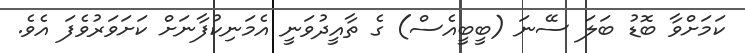
ކަމަށްވާ ބޮޑު ބަލަ ސޭނަ (ބީބީއެސް) ގެ ތާއީދުވަނީ އެމަނިކުފާނަށް ކަށަވަރުވެފަ އެވެ.